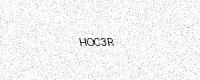
Text: HOC3R